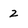
Character: 2